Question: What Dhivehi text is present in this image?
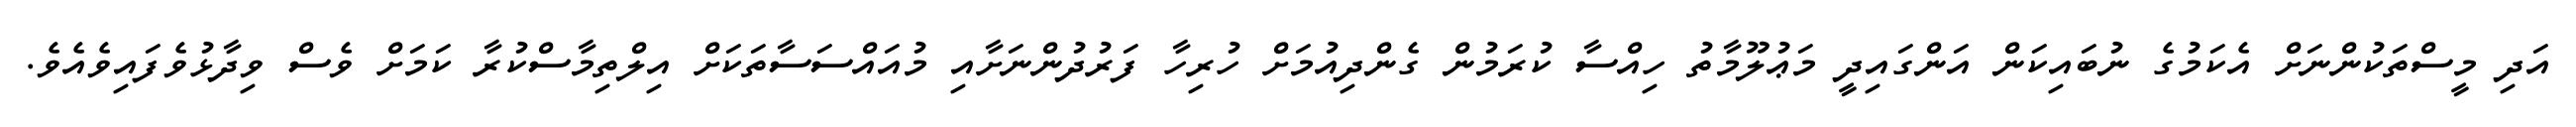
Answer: އަދި މީސްތަކުންނަށް އެކަމުގެ ނުބައިކަން އަންގައިދީ މަޢުލޫމާތު ހިއްސާ ކުރަމުން ގެންދިއުމަށް ހުރިހާ ފަރުދުންނަށާއި މުއައްސަސާތަކަށް އިލްތިމާސްކުރާ ކަމަށް ވެސް ވިދާޅުވެފައިވެއެވެ.